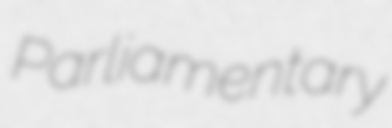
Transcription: Parliamentary